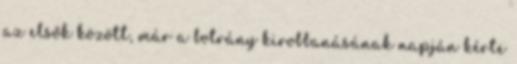
az elsők között, már a botrány kirobbanásának napján kérte